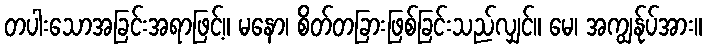
တပါးသောအခြင်းအရာဖြင့်။ မနော၊ စိတ်တခြားဖြစ်ခြင်းသည်လျှင်။ မေ၊ အကျွန်ုပ်အား။